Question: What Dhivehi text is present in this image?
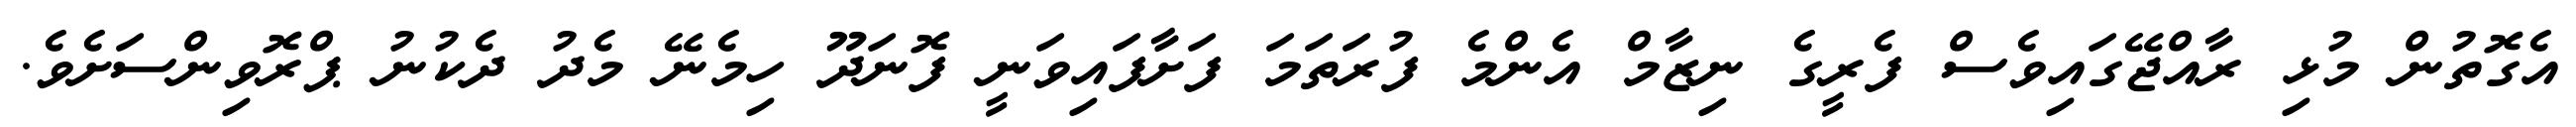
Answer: އެގޮތުން މުޅި ރާއްޖޭގައިވެސް ފެރީގެ ނިޒާމް އެންމެ ފުރަތަމަ ފަށާފައިވަނީ ފޮނަދޫ ހިމެނޭ މެދު ދެކުނު ޕްރޮވިންސަށެވެ.